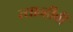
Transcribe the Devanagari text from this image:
त्यान्हीबी